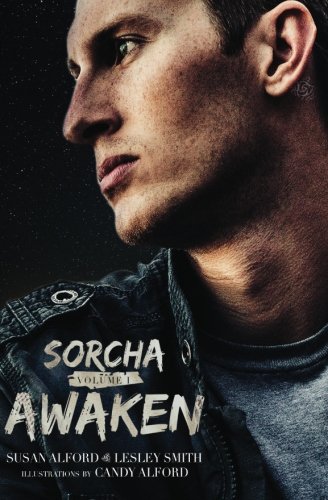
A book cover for Sorcha: Awaken (Volume 1); Susan Alford; Science Fiction & Fantasy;